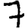
Digit: 7